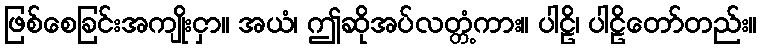
ဖြစ်စေခြင်းအကျိုးငှာ။ အယံ၊ ဤဆိုအပ်လတ္တံ့ကား။ ပါဠိ၊ ပါဠိတော်တည်း။